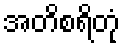
အတိစရိတုံ